Report of the King Institute of Preventive Medicine, Guindy
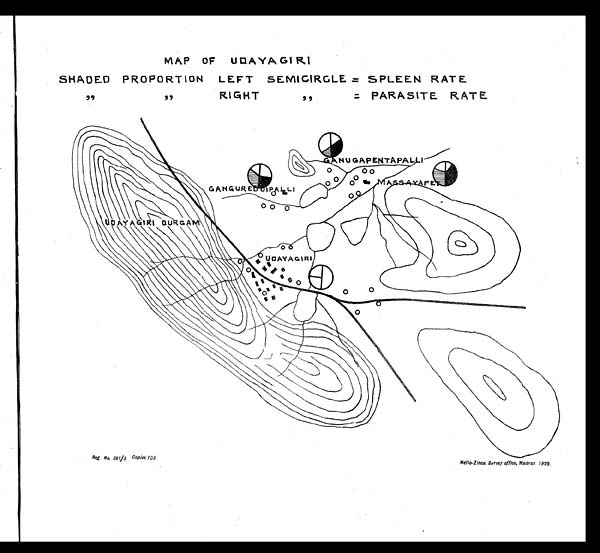
MAP OF UDAYAGIRI
SHADED PROPORTION LEFT SEMICIRCLE = SPLEEN RATE
" "RIGHT " = PARASITE. RATE
Reg. No, 381/3 Copies.703
Helio-Zinco. Survey office, Madras 1929.